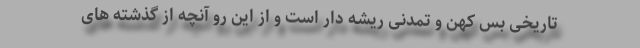
تاریخی بس کهن و تمدنی ریشه دار است و از این رو آنچه از گذشته ­های